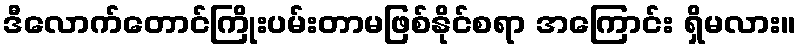
ဒီလောက်တောင်ကြိုးပမ်းတာမဖြစ်နိုင်စရာ အကြောင်း ရှိမလား။